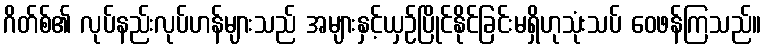
ဂိတ်စ်၏ လုပ်နည်းလုပ်ဟန်များသည် အများနှင့်ယှဉ်ပြိုင်နိုင်ခြင်းမရှိဟုသုံးသပ် ဝေဖန်ကြသည်။